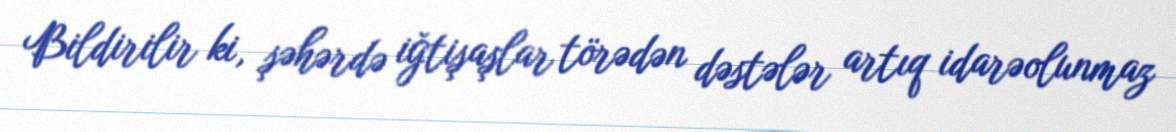
Bildirilir ki, şəhərdə iğtişaşlar törədən dəstələr artıq idarəolunmaz